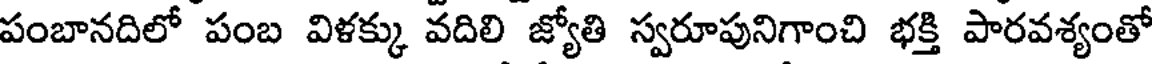
పంబానదిలో పంబ విళక్కు వదిలి జ్యోతి స్వరూపునిగాంచి భక్తి పారవశ్యంతో